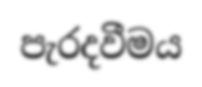
පැරදවීමය